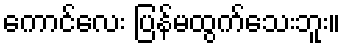
ကောင်လေး ပြန်မထွက်သေးဘူး။